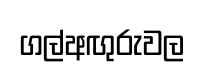
ගල්අඟුරුවල